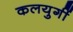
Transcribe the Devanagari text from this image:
कलयुगीं